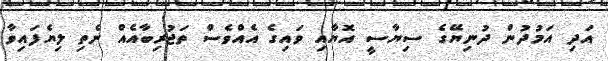
އަދި އަމުދުން ދުނިޔޭގެ ސިޔާސީ އޮޔާއި ވައިގެ އެއްވެސް ތަޖުރިބާއެއް ނެތި ލިޔެފައިވާ